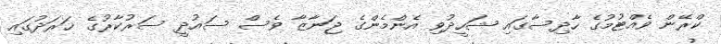
ކްރޭން ވެއްޓުމުގެ ހާދިސާގައި ޝަހީދުވި އެންމެންގެ ޖަނާޒާ ވެސް ސައުދީ ސަރުކާރުގެ ޚަރަދުގައި